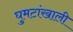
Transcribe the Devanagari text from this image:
घुमटांखाली